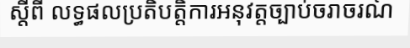
ស្តីពី លទ្ធផលប្រតិបត្តិការអនុវត្តច្បាប់ចរាចរណ៍